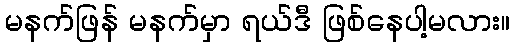
မနက်ဖြန် မနက်မှာ ရယ်ဒီ ဖြစ်နေပါ့မလား။